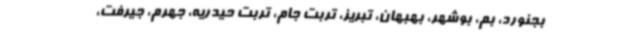
بجنورد، بم، بوشهر، بهبهان، تبریز، تربت جام، تربت حیدریه، جهرم، جیرفت،